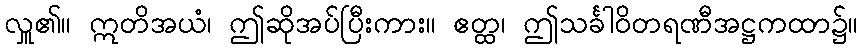
လှူ၏။ ဣတိအယံ၊ ဤဆိုအပ်ပြီးကား။ ဧတ္ထ၊ ဤသင်္ခါဝိတရဏီအဋ္ဌကထာ၌။